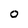
Character: 0